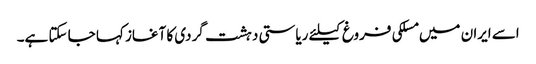
اسے ایران میں مسلکی فروغ کیلئے ریاستی دہشت گردی کا آغاز کہا جا سکتا ہے۔